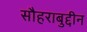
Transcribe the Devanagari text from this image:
सौहराबुद्दीन